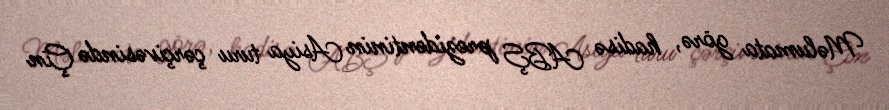
Məlumata görə, hadisə ABŞ prezidentinin Asiya turu çərçivəsində Çin